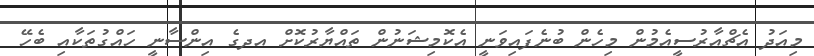
މިއަދު އެޗްއާރުސީއެމުން މިހެން ބުނެފައިވަނީ އެކޮމިޝަނުން ތައްޔާރުކޮށް އދގެ އިންސާނީ ހައްގުތަކާއި ބެހޭ